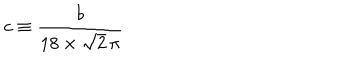
c \equiv \frac { b } { 1 8 \times \sqrt { 2 } \, \pi }